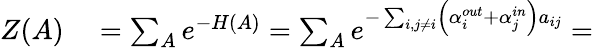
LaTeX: \begin{array}{rl}{Z(A)}&{{}=\sum_{A}e^{-H(A)}=\sum_{A}e^{-\sum_{i,j\neq i}\left(\alpha_{i}^{out}+\alpha_{j}^{in}\right)a_{ij}}=}\end{array}